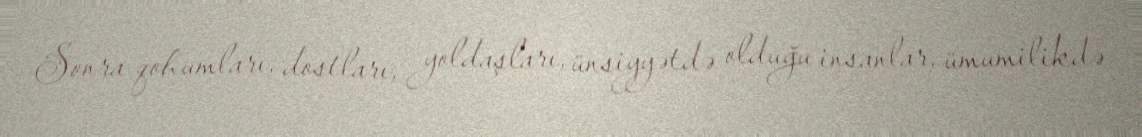
Sonra qohumları, dostları, yoldaşları, ünsiyyətdə olduğu insanlar, ümumilikdə